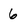
Character: 6